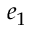
e _ { 1 }